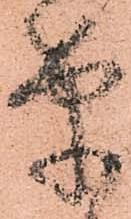
筆